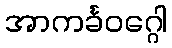
အာကင်္ခဝဂ္ဂေါ